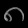
Digit: ၈